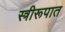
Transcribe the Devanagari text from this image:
स्त्रीरूपात